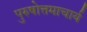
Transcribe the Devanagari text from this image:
पुरुषोत्तमाचार्य